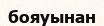
бояуынан